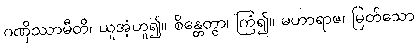
ဂဏှိဿာမီတိ၊ ယူအံ့ဟူ၍။ စိန္တေတွာ၊ ကြံ၍။ မဟာရာဇ၊ မြတ်သော